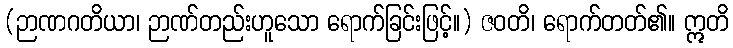
(ဉာဏဂတိယာ၊ ဉာဏ်တည်းဟူသော ရောက်ခြင်းဖြင့်။) ဇဝတိ၊ ရောက်တတ်၏။ ဣတိ